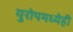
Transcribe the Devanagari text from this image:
युरोपमध्येही